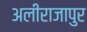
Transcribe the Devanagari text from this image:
अलीराजापुर